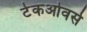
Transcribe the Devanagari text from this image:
टेकओवर्स